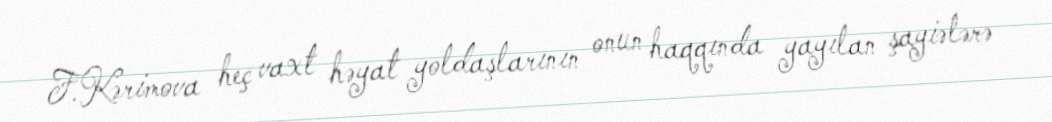
F.Kərimova heç vaxt həyat yoldaşlarının onun haqqında yayılan şayiələrə